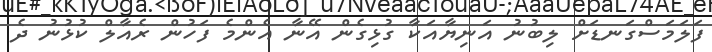
ފަލަމަސްގަނޑަށް ލިބުނު އަނިޔާއަކާ ގުޅިގެން އޭނާ އެންމެ ފަހުން ރެއާލް ކުޅުނު ދެ